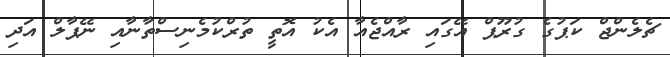
ޗެލެންޖް ކަޕުގެ ގުރޫޕް އޭގައި ރާއްޖެއާ އެކު އޮތީ ތުރްކުމެނިސްތާނާއި ނޭޕާލް އަދި